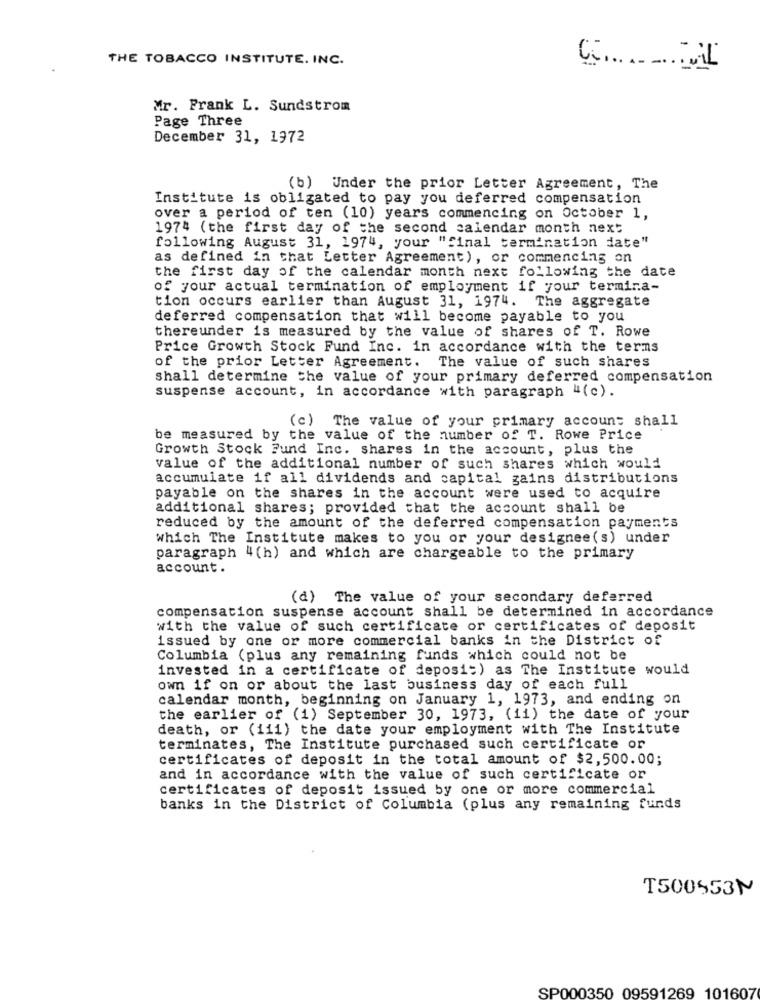
THE TOBACCO INSTITUTE. INC.
Mr. Frank L. Sundstrom
Page Three
December 31, 1972
(b) Under the prior Letter Agreement, The
Institute is obligated to pay you deferred compensation
over a period of ten (10) years commencing on October 1,
1974 (the first day of the second calendar month next
following August 31, 1974, your "final termination date"
as defined in that Letter Agreement), or commencing on
the first day of the calendar month next following the date
of your actual termination of employment if your termina-
tion occurs earlier than August 31, 1974. The aggregate
deferred compensation that will become payable to you
thereunder is measured by the value of shares of T. Rowe
Price Growth Stock Fund Inc. in accordance with the terms
of the prior Letter Agreement. The value of such shares
shall determine the value of your primary deferred compensation
suspense account, in accordance with paragraph "(c).
(c) The value of your primary account shall
be measured by the value of the number of T. Rowe Price
Growth Stock Fund Inc. shares in the account, plus the
value of the additional number of such shares which would
accumulate if all dividends and capital gains distributions
payable on the shares in the account were used to acquire
additional shares; provided that the account shall be
reduced by the amount of the deferred compensation payments
which The Institute makes to you or your designee(s) under
paragraph 4(h) and which are chargeable to the primary
account.
(d) The value of your secondary deferred
compensation suspense account shall be determined in accordance
with the value of such certificate or certificates of deposit
issued by one or more commercial banks in the District of
Columbia (plus any remaining funds which could not be
invested in a certificate of deposit) as The Institute would
own if on or about the last business day of each full
calendar month, beginning on January 1, 1973, and ending on
the earlier of (1) September 30, 1973, (ii) the date of your
death, or (iii) the date your employment with The Institute
terminates, The Institute purchased such certificate or
certificates of deposit in the total amount of $2,500.00;
and in accordance with the value of such certificate or
certificates of deposit issued by one or more commercial
banks in the District of Columbia (plus any remaining funds
T500553N
SP000350 09591269 101607